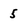
Character: 5